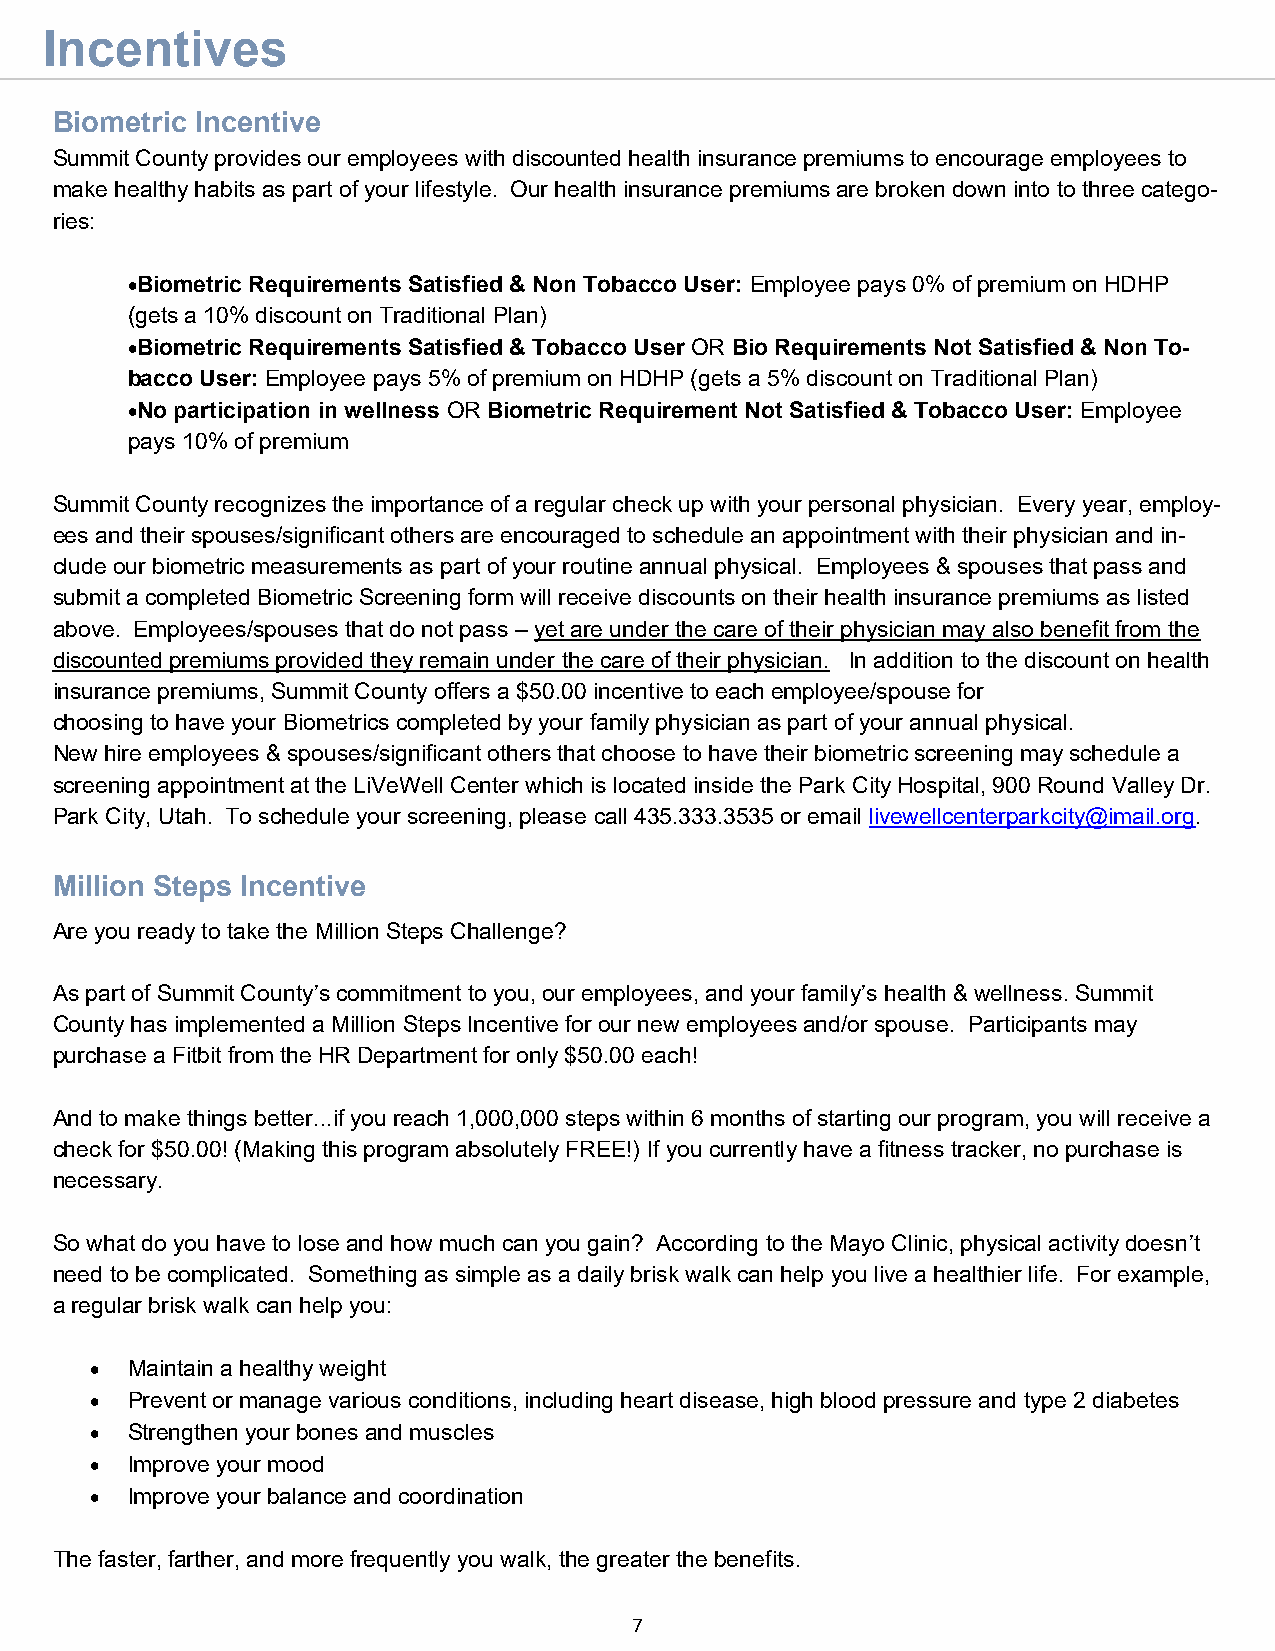
Incentives
 Biometric Incentive
 Summit County provides our employees with discounted health insurance premiums to encourage employees to
 make healthy habits as part of your lifestyle. Our health insurance premiums are broken down into to three catego-
 ries:
 •Biometric Requirements Satisfied & Non Tobacco User: Employee pays 0% of premium on HDHP
 (gets a 10% discount on Traditional Plan)
 •Biometric Requirements Satisfied & Tobacco User OR Bio Requirements Not Satisfied & Non To-
 bacco User: Employee pays 5% of premium on HDHP (gets a 5% discount on Traditional Plan)
 •No participation in wellness OR Biometric Requirement Not Satisfied & Tobacco User: Employee
 pays 10% of premium
 Summit County recognizes the importance of a regular check up with your personal physician. Every year, employ-
 ees and their spouses/significant others are encouraged to schedule an appointment with their physician and in-
 clude our biometric measurements as part of your routine annual physical. Employees & spouses that pass and
 submit a completed Biometric Screening form will receive discounts on their health insurance premiums as listed
 above. Employees/spouses that do not pass – yet are under the care of their physician may also benefit from the
 discounted premiums provided they remain under the care of their physician. In addition to the discount on health
 insurance premiums, Summit County offers a $50.00 incentive to each employee/spouse for
 choosing to have your Biometrics completed by your family physician as part of your annual physical.
 New hire employees & spouses/significant others that choose to have their biometric screening may schedule a
 screening appointment at the LiVeWell Center which is located inside the Park City Hospital, 900 Round Valley Dr.
 Park City, Utah. To schedule your screening, please call 435.333.3535 or email livewellcenterparkcity@imail.org.
 Million Steps Incentive
 Are you ready to take the Million Steps Challenge?
 As part of Summit County’s commitment to you, our employees, and your family’s health & wellness. Summit
 County has implemented a Million Steps Incentive for our new employees and/or spouse. Participants may
 purchase a Fitbit from the HR Department for only $50.00 each!
 And to make things better...if you reach 1,000,000 steps within 6 months of starting our program, you will receive a
 check for $50.00! (Making this program absolutely FREE!) If you currently have a fitness tracker, no purchase is
 necessary.
 So what do you have to lose and how much can you gain? According to the Mayo Clinic, physical activity doesn’t
 need to be complicated. Something as simple as a daily brisk walk can help you live a healthier life. For example,
 a regular brisk walk can help you:
 • Maintain a healthy weight
 • Prevent or manage various conditions, including heart disease, high blood pressure and type 2 diabetes
 • Strengthen your bones and muscles
 • Improve your mood
 • Improve your balance and coordination
 The faster, farther, and more frequently you walk, the greater the benefits.
 7